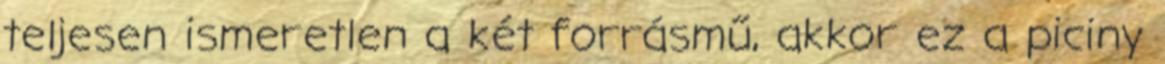
teljesen ismeretlen a két forrásmű, akkor ez a piciny